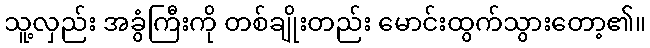
သူ့လှည်း အခွံကြီးကို တစ်ချိုးတည်း မောင်းထွက်သွားတော့၏။